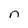
Character: n